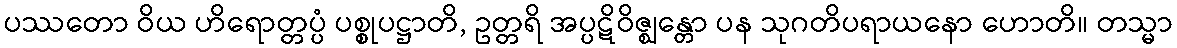
ပဿတော ဝိယ ဟိရောတ္တပ္ပံ ပစ္စုပဋ္ဌာတိ, ဥတ္တရိ အပ္ပဋိဝိဇ္ဈန္တော ပန သုဂတိပရာယနော ဟောတိ။ တသ္မာ